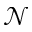
\mathcal { N }